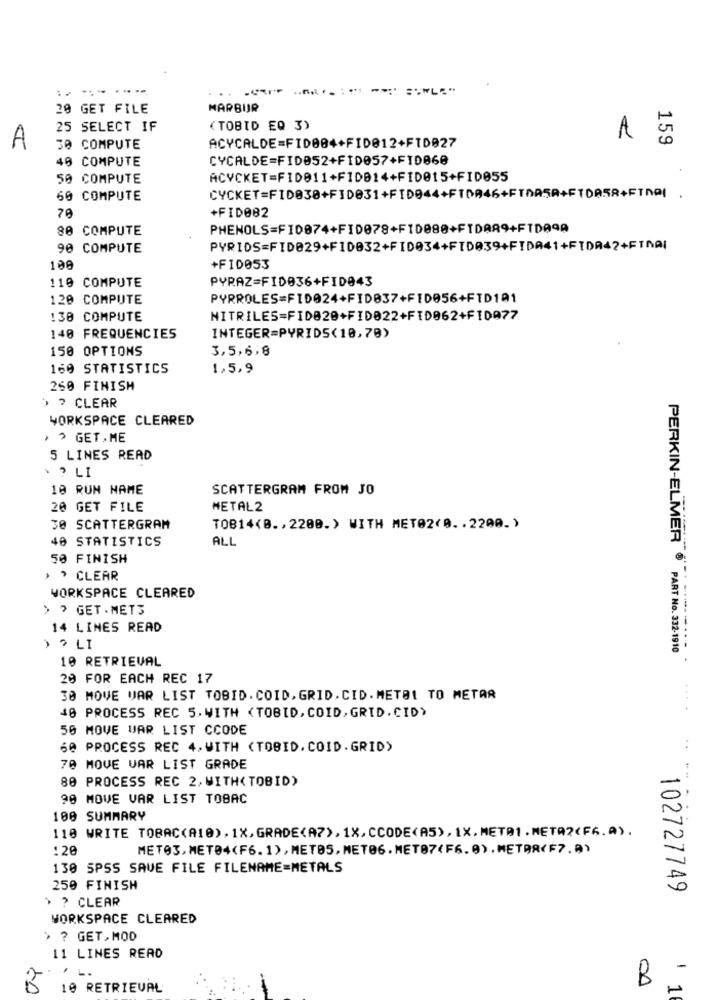
:------
20 GET FILE
MARBUR
25 SELECT IF
( TOBID EQ 3)
A 5
A
30 COMPUTE
ACYCALDE=FID004+FID012+FID027
40 COMPUTE
CYCALDE=FID052+FID057+FI0068
50 COMPUTE
ACVCKET=FI0011+F1D014+FID015+FID055
60 COMPUTE
79
+FID082
80 COMPUTE
PHENOLS=F10074+FID078+F10080+FIDA89+FTDA9A
90 COMPUTE
PYRIDS=FID029+FID032+FID034+FID039+FIDA41+FIDA42+FINAI
108
+FI0053
PYRAZ=FID036+FID043
119 COMPUTE
120 COMPUTE
PYRROLES=FID024+FID037+FID056+FTD101
130 COMPUTE
NITRILES=FID020+FID022+FID062+F10077
140 FREQUENCIES
INTEGER=PYRIDS(18,70)
150 OPTIONS
3,5,6,8
169 STATISTICS
1,5,9
260 FINISH
> > CLEAR
WORKSPACE CLEARED
> > GET,ME
5 LINES READ
· ? LI
18 RUN NAME
SCATTERGRAM FROM JO
20 GET FILE
METAL2
30 SCATTERGRAM
TOB14<B ., 2200.) WITH MET02(0 .. 2200.)
40 STATISTICS
ALL
50 FINISH
> > CLEAR
WORKSPACE CLEARED
> > GET. METS
14 LINES READ
A
› › LI
PART No. 332-1910
10 RETRIEVAL
PERKIN-ELMES --....
20 FOR EACH REC 17
30 MOVE VAR LIST TOBID. COID, GRID. CID. METAL TO METAR
40 PROCESS REC 5. WITH <TOBID, COID, GRID. CID>
50 MOVE WAR LIST CCODE
60 PROCESS REC 4, WITH <TOBID. COID. GRID)
70 MOVE VAR LIST GRADE
80 PROCESS REC 2, WITH(TOBID)
90 MOVE VAR LIST TOBAC
100 SUMMARY
110 WRITE TOBAC(A10), 1X, GRADE<A7), 1X,CCODE<A5), 1X.METR1.META2(F6.A) .
:28
METO3, METO4(F6. 1) , MET05, METO6 . MET07(F6.0) . METER(F7.A)
130 SPSS SAVE FILE FILENAME=METALS
250 FINISH
102727749
> ? CLEAR
WORKSPACE CLEARED
> ? GET, MOD
11 LINES READ
L.
B
B
10 RETRIEVAL
1